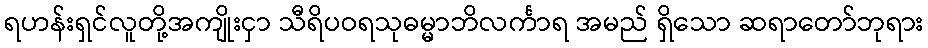
ရဟန်းရှင်လူတို့အကျိုးငှာ သီရိပဝရသုဓမ္မာဘိလင်္ကာရ အမည် ရှိသော ဆရာတော်ဘုရား